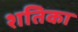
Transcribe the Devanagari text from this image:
शतिका